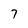
Character: 7